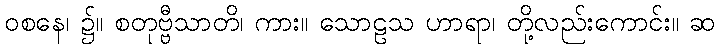
ဝစနေ၊ ၌။ စတုဗ္ဗီသာတိ၊ ကား။ သောဠသ ဟာရာ၊ တို့လည်းကောင်း။ ဆ